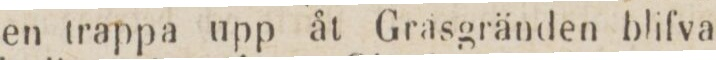
en trappa upp åt Grasgränden blifva